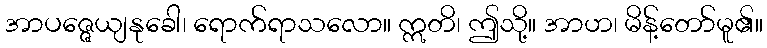
အာပဇ္ဇေယျနုခေါ၊ ရောက်ရာသလော။ ဣတိ၊ ဤသို့။ အာဟ၊ မိန့်တော်မူ၏။